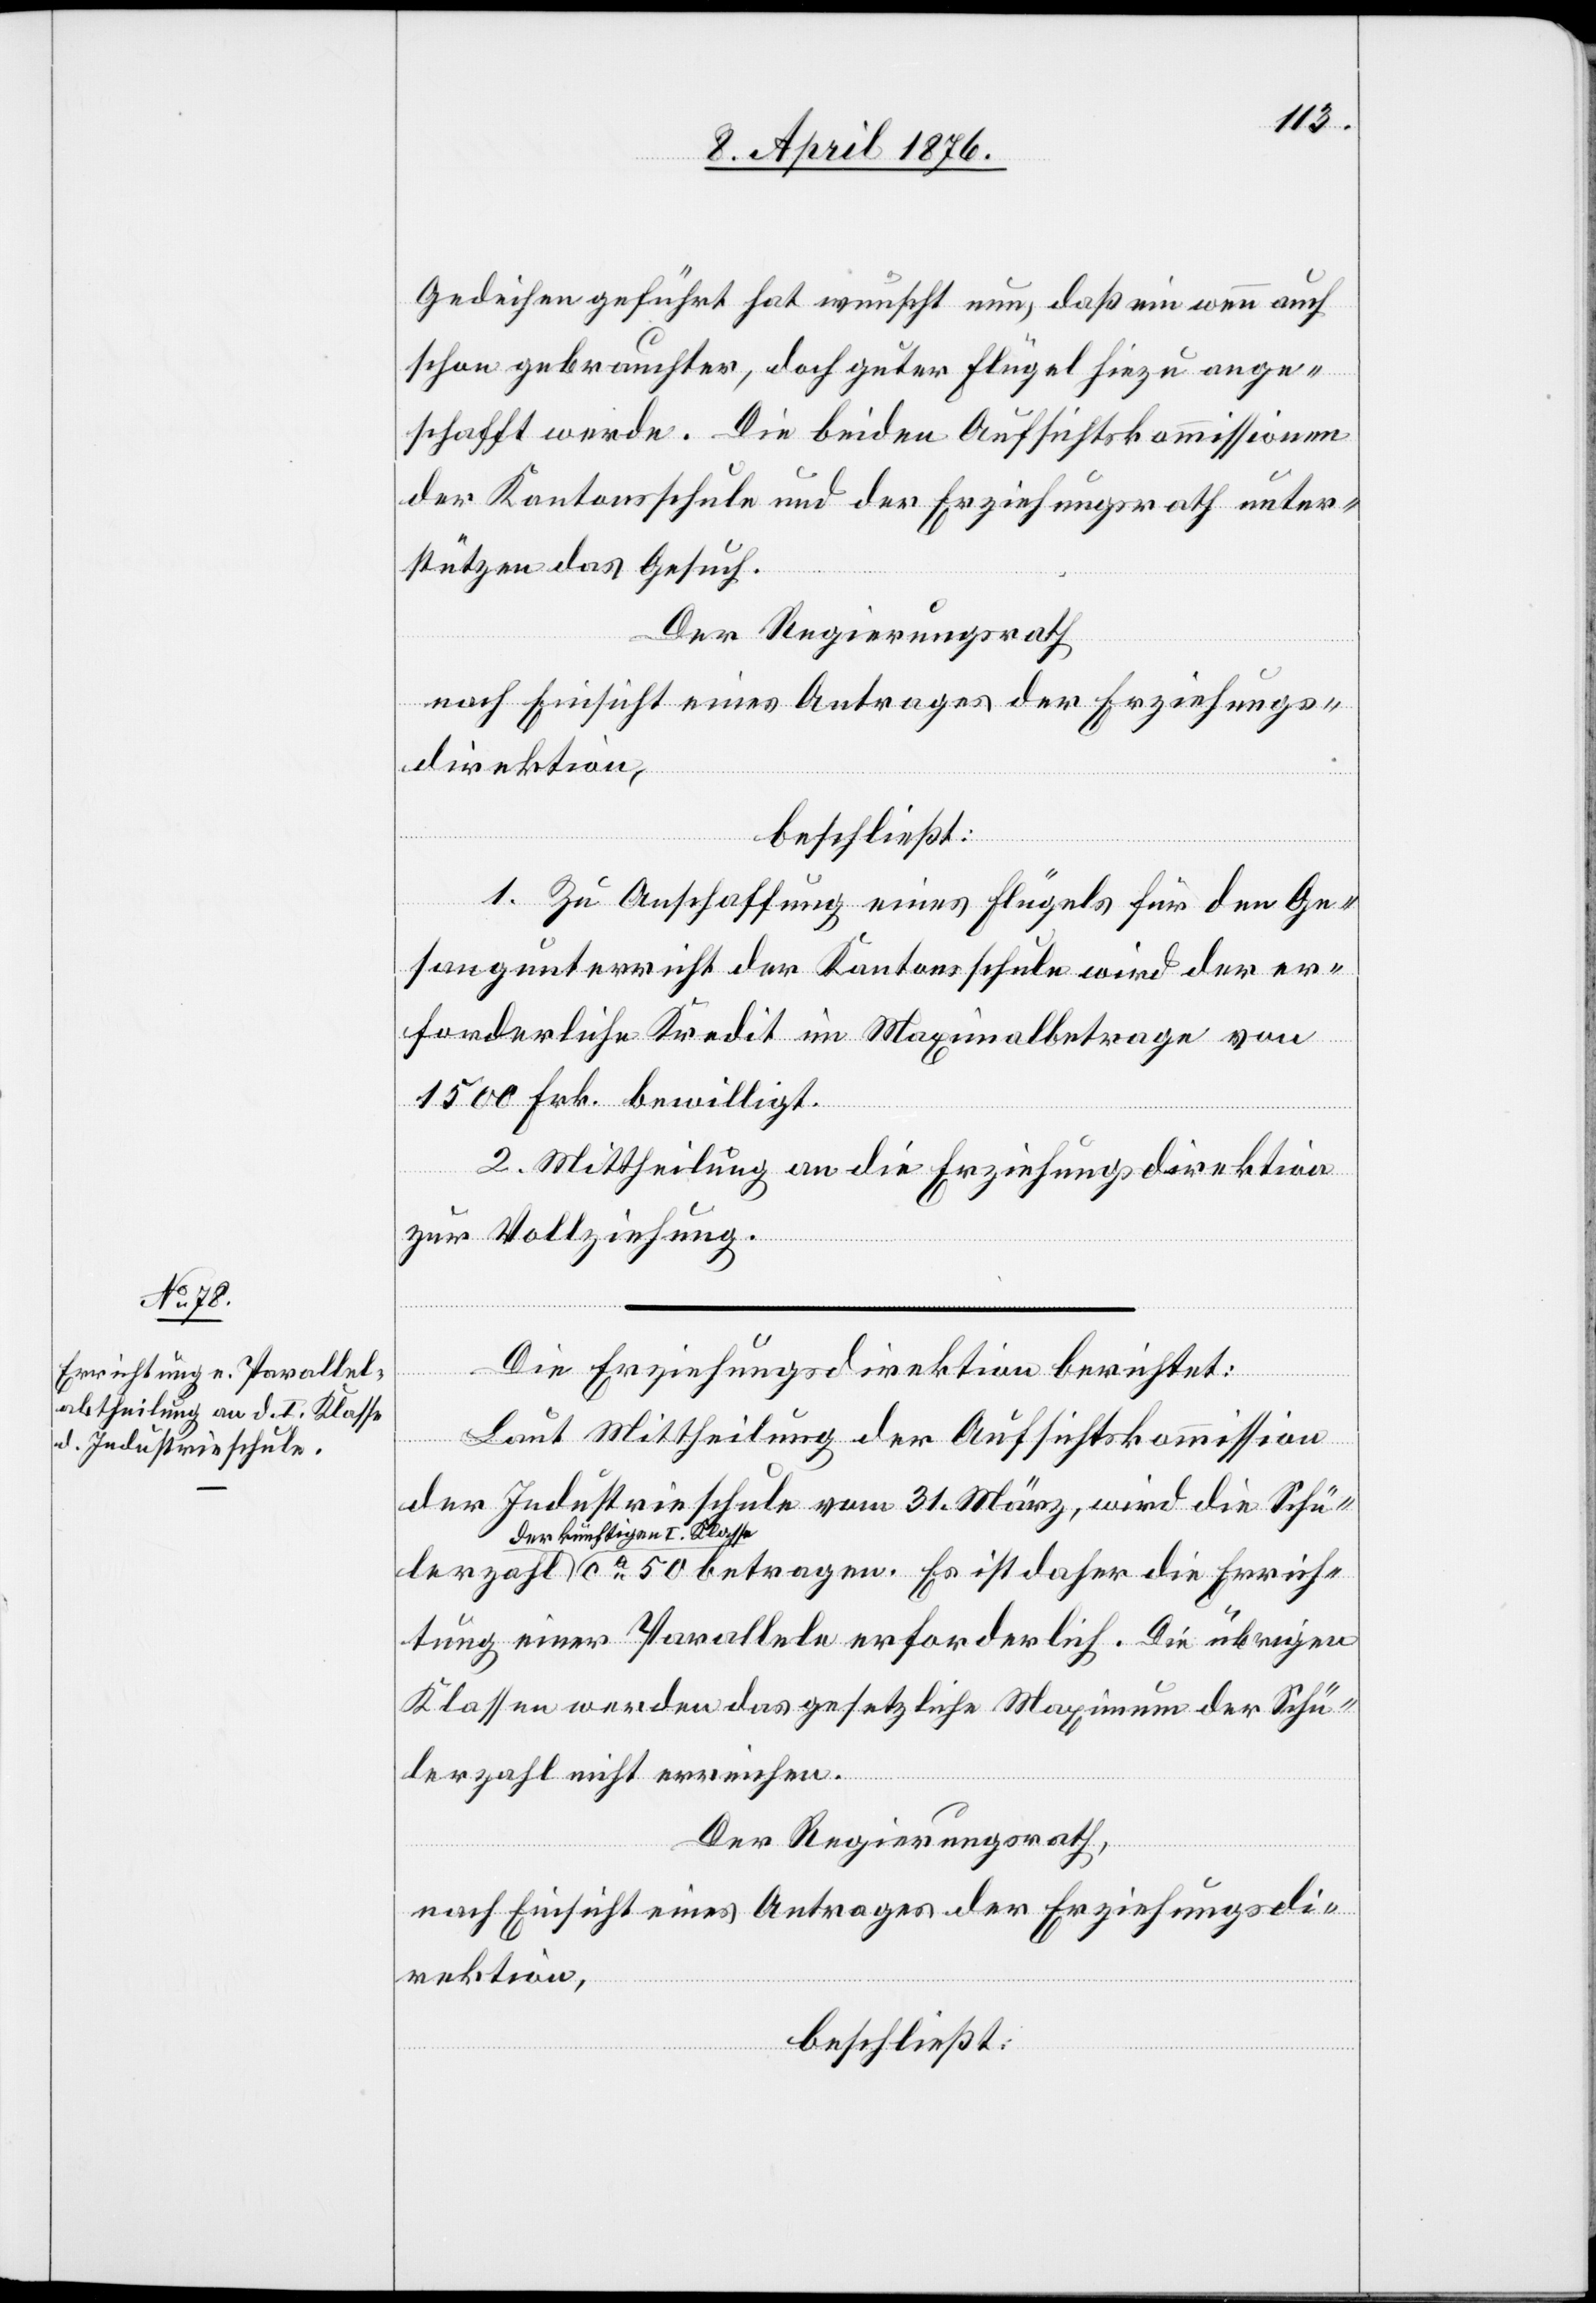
Gedeihen geführt hat ersucht nun, daß ein wenn auch
schon gebrauchter, doch guter Flügel hiezu ange¬
schafft werde. Die beiden Aufsichtskommissionen
der Kantonsschule und der Erziehungsdirektion unter¬
stützen das Gesuch.
Der Regierungsrath
nach Einsicht eines Antrages der Erziehungs¬
direktion,
beschließt:
1. Zu Anschaffung eines Flügels für den Ge¬
sangunterricht der Kantonsschule wird der er¬
forderliche Kredit im Maximalbetrage von
1500 Frk. bewilligt.
2. Mittheilung an die Erziehungsdirektion
zur Vollziehung.
lerzahl
Die Erziehungsdirektion berichtet:
Laut Mittheilung der Aufsichtskommission
der Industrieschule vom 31. März, wird die Schü¬
der künftigen I. Klass¬
e ca 50 betragen. Es ist daher die Errich¬
tung einer Parallele erforderlich. Die übrigen
Klassen werden das gesetzliche Maximum der Schü¬
lerzahl nicht erreichen.
Der Regierungsrath,
nach Einsicht eines Antrages der Erziehungsdi¬
rektion,
beschließt: